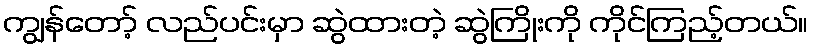
ကျွန်တော့် လည်ပင်းမှာ ဆွဲထားတဲ့ ဆွဲကြိုးကို ကိုင်ကြည့်တယ်။